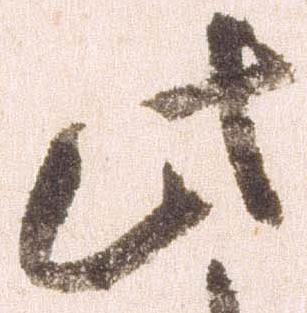
此